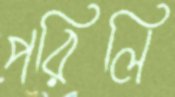
পরিলি